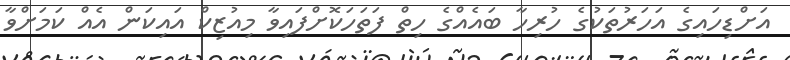
އަށްޑިހައިގެ އަހަރުތަކުގެ ހުރިހާ ބައެއްގެ ހިތް ފަތަހަކޮށްފައިވާ މިއުޒިކް އައިކަން އެއް ކަމަށްވާ